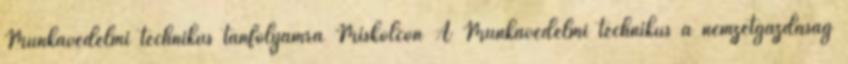
Munkavédelmi technikus tanfolyamra Miskolcon A Munkavédelmi technikus a nemzetgazdaság